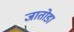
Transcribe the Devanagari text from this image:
जातोडा